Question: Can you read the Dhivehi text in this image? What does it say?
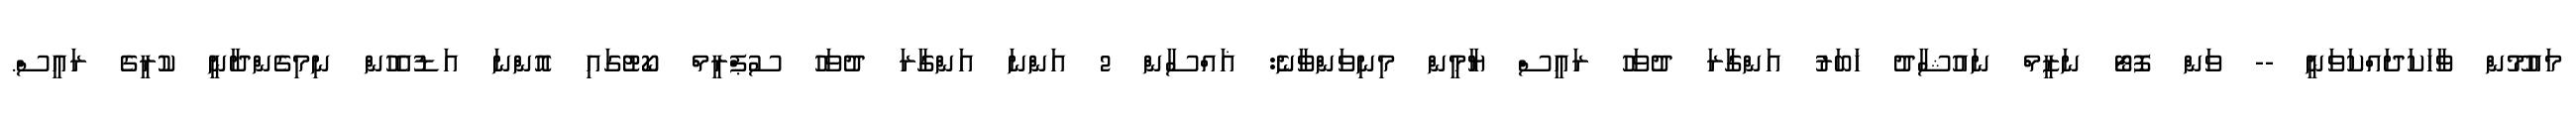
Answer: މައުމޫން ވާހަކަދައްކަވަނީ -- ވަން ފޮޓޯ ނަޒީމް ނައުޝާދު ޚަބަރު އަންގާރަ ދުވަހު ރައީސް ޔާމީން މިނިވަންވާނެ: ޣައްސާން 2 އަންނަ އަންގާރަ ދުވަހު ސުޕްރީމް ކޯޓުގައި އޮންނަ އަޑުއެހުން ނިމިގެންދާނީ ކުރީގެ ރައީސް.